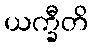
ယက္ခီတိ